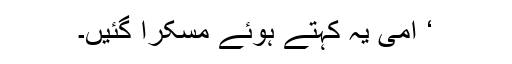
‘ امی یہ کہتے ہوئے مسکرا گئیں۔